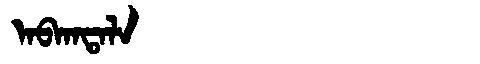
Manchu: ᠠᠪᡴᠠᡨᠠᠯᠠ
Romanization: ABKATALA